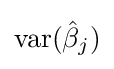
\operatorname {var} ({\hat {\beta }}_{j})